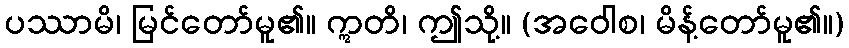
ပဿာမိ၊ မြင်တော်မူ၏။ ဣတိ၊ ဤသို့။ (အဝေါစ၊ မိန့်တော်မူ၏။)